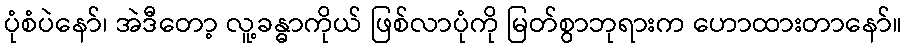
ပုံစံပဲနော်၊ အဲဒီတော့ လူ့ခန္ဓာကိုယ် ဖြစ်လာပုံကို မြတ်စွာဘုရားက ဟောထားတာနော်။